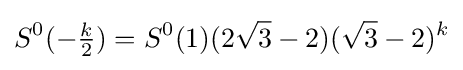
S^{0}(-{\tfrac {k}{2}})=S^{0}(1)(2{\sqrt {3}}-2)({\sqrt {3}}-2)^{k}